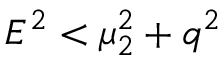
E ^ { 2 } < \mu _ { 2 } ^ { 2 } + q ^ { 2 }